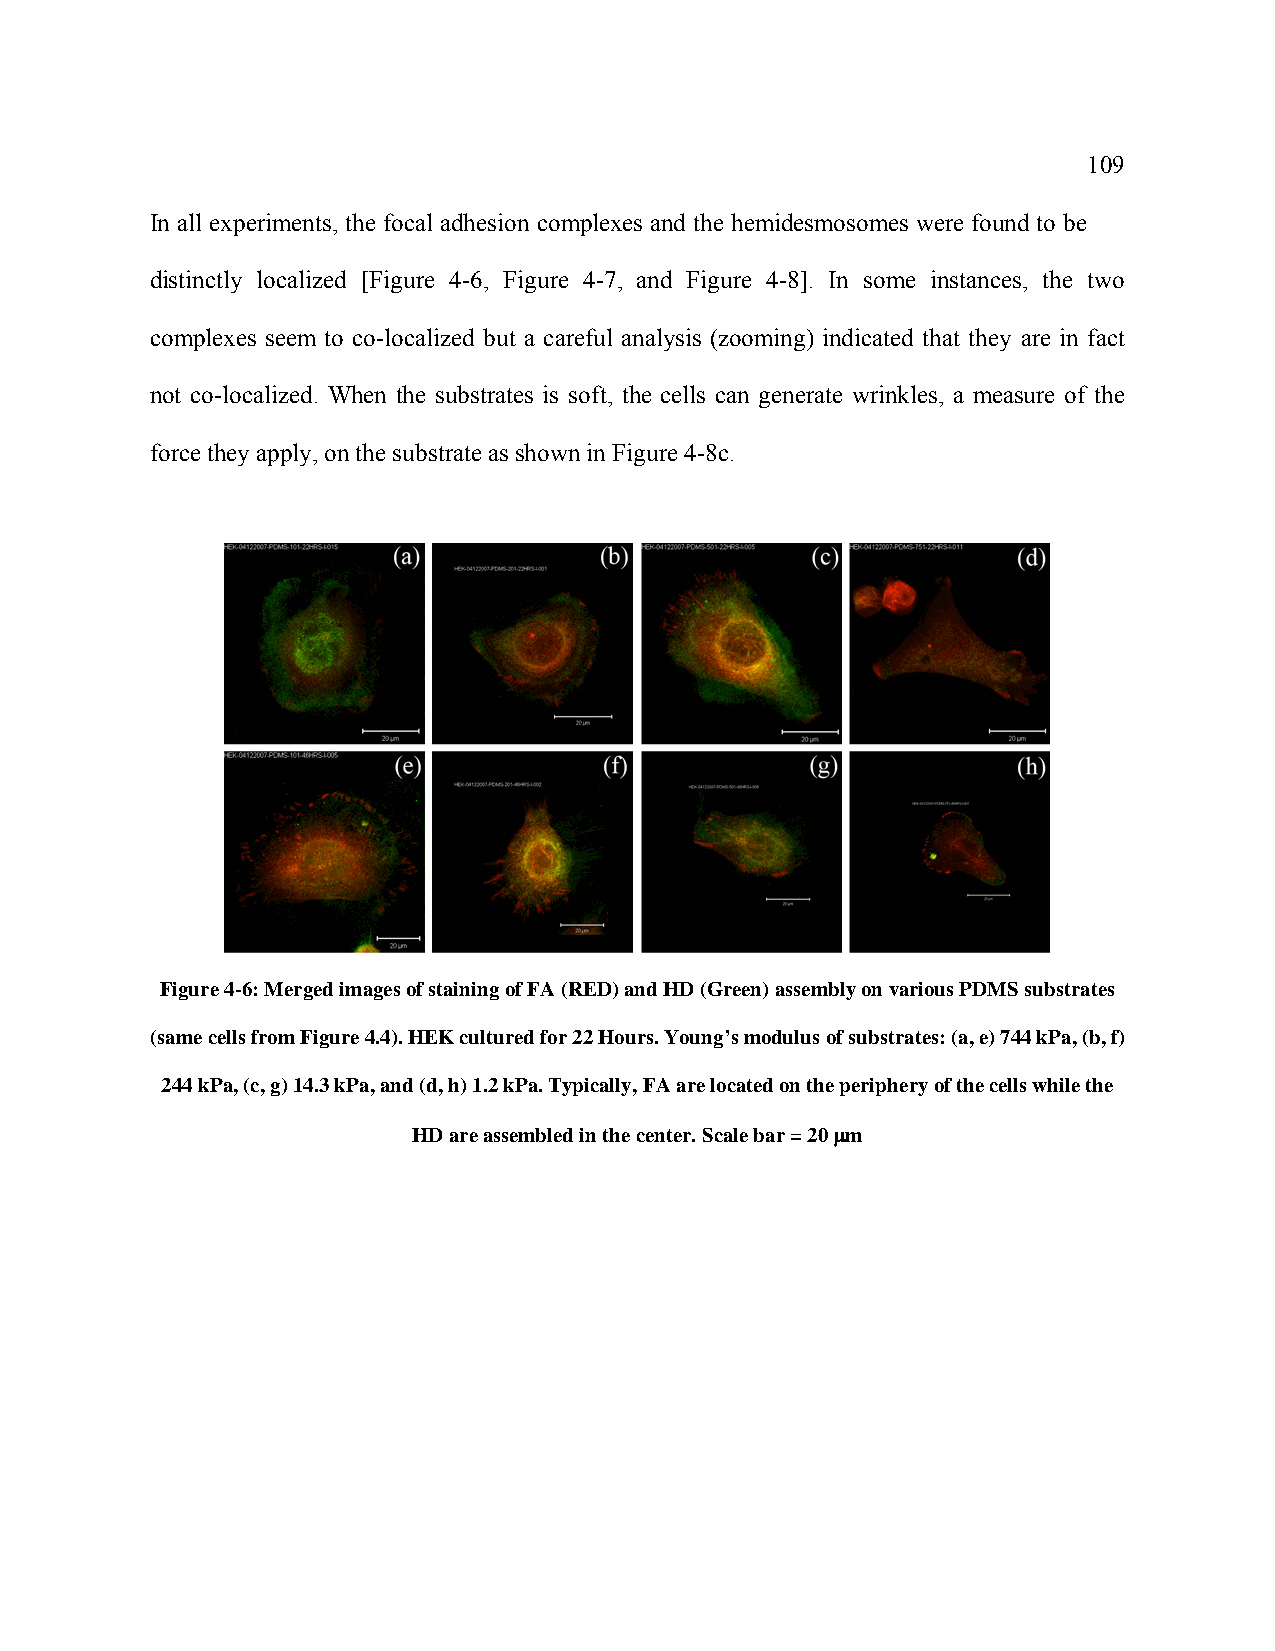
109
 In all experiments, the focal adhesion complexes and the hemidesmosomes were found to be
 distinctly localized [Figure 4-6, Figure 4-7, and Figure 4-8]. In some instances, the two
 complexes seem to co-localized but a careful analysis (zooming) indicated that they are in fact
 not co-localized. When the substrates is soft, the cells can generate wrinkles, a measure of the
 force they apply, on the substrate as shown in Figure 4-8c.
 Figure 4-6: Merged images of staining of FA (RED) and HD (Green) assembly on various PDMS substrates
 (same cells from Figure 4.4). HEK cultured for 22 Hours. Young’s modulus of substrates: (a, e) 744 kPa, (b, f)
 244 kPa, (c, g) 14.3 kPa, and (d, h) 1.2 kPa. Typically, FA are located on the periphery of the cells while the
 HD are assembled in the center. Scale bar = 20 μm